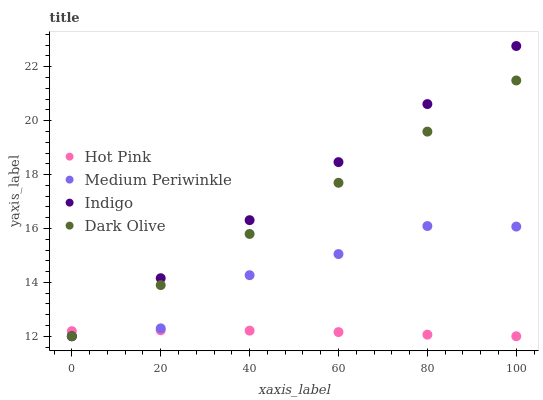
| xaxis_label | Hot Pink | Medium Periwinkle | Indigo | Dark Olive |
 | --- | --- | --- | --- | --- |
 | 0 | 12.2 | 12 | 12 | 12 |
 | 20 | 12.2 | 12.3 | 14.2 | 13.9 |
 | 40 | 12.2 | 14.3 | 16.3 | 15.8 |
 | 60 | 12.2 | 15.1 | 18.5 | 17.7 |
 | 80 | 12.1 | 16.1 | 20.6 | 19.6 |
 | 100 | 12 | 16.1 | 22.8 | 21.5 |